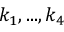
k _ { 1 } , . . . , k _ { 4 }